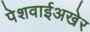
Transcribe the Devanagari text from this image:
पेशवाईअखेर